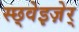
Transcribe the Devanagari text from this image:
स्छ्वेइज़ेर्